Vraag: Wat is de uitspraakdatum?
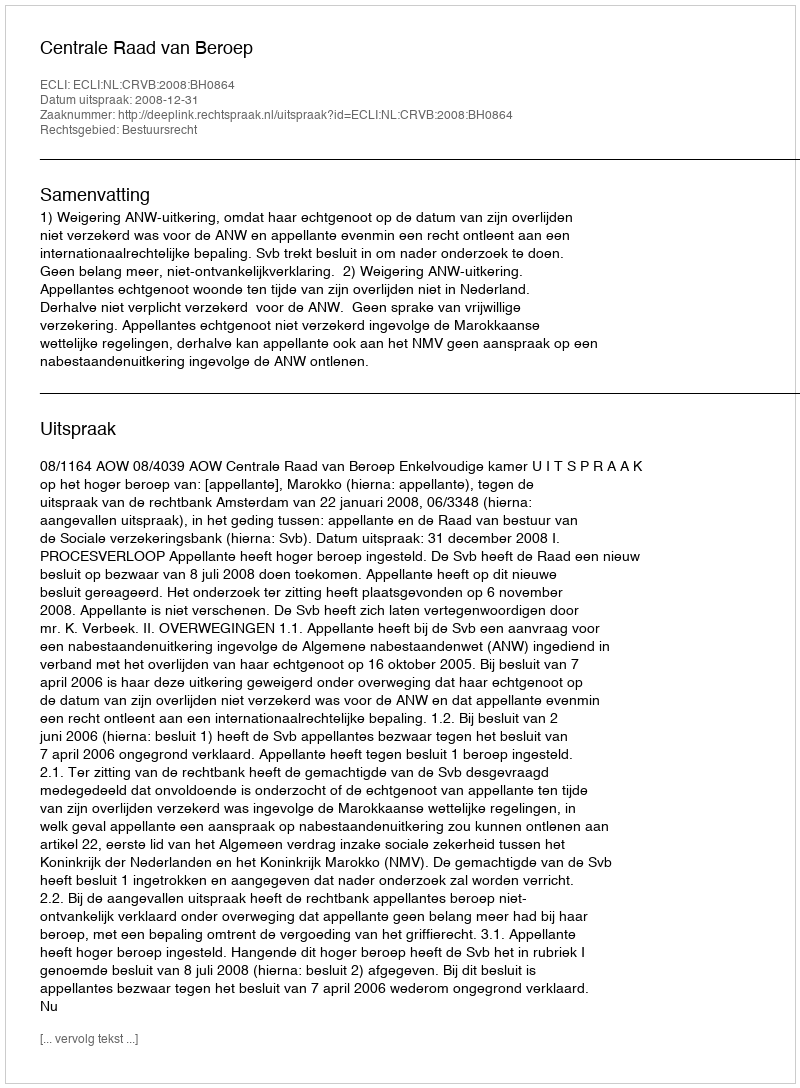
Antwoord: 2008-12-31